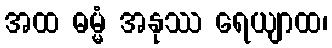
အထ ဓမ္မံ အနုဿ ရေယျာထ၊